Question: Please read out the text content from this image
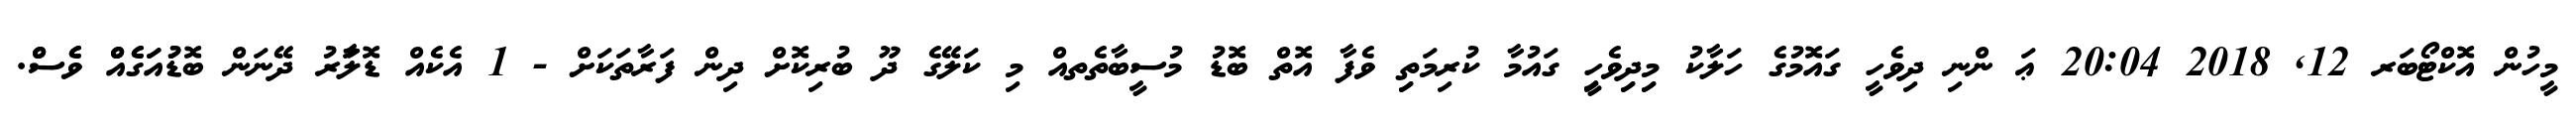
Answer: މީހުން އޮކްޓޯބަރ 12, 2018 20:04 ޢަ ންނި ދިވެހީ ގައޮމުގެ ހަލާކު މިިދިިވެހީި ގައުމާ ކުރިމަތިި ވެފާ އޮތް ބޮޑު މުސީބާތެތއް މި ކަލޭގެ ދޫ ބުރިކޮށް ދިން ފަރާތަކަށް - 1 އެކެއް ޑޮލަާރު ދޭނަން ބޮޑުުއަަގެެއްް ވެެސްް.